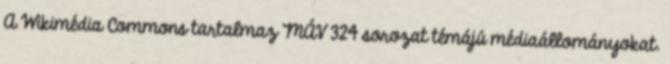
A Wikimédia Commons tartalmaz MÁV 324 sorozat témájú médiaállományokat.